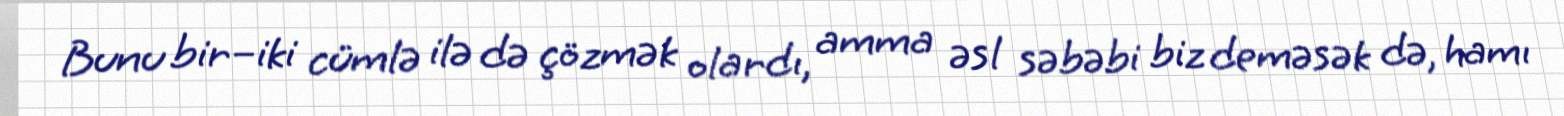
Bunu bir–iki cümlə ilə də çözmək olardı, amma əsl səbəbi biz deməsək də, hamı